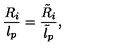
\frac { R _ { i } } { l _ { p } } = \frac { \tilde { R } _ { i } } { \tilde { l } _ { p } } ,